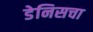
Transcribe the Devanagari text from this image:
डेनिसचा